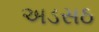
અડસઠ